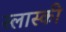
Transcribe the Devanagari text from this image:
स्लास्की